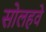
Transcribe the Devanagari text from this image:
सोलहवे